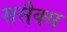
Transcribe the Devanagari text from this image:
ससैक्स